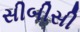
સીબીસી